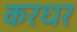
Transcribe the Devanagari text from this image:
करधर